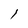
Character: l